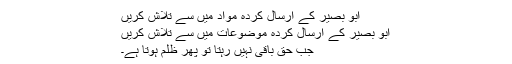
ابو بصیر کے ارسال کردہ مواد میں سے تلاش کریں
ابو بصیر کے ارسال کردہ موضوعات میں سے تلاش کریں
جب حق باقی نہیں رہتا تو پھر ظلم ہوتا ہے۔